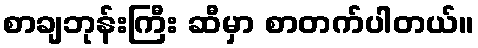
စာချဘုန်းကြီး ဆီမှာ စာတက်ပါတယ်။